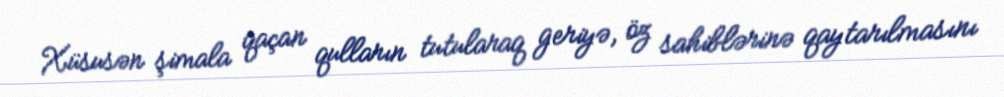
Xüsusən şimala qaçan qulların tutularaq geriyə, öz sahiblərinə qaytarılmasını